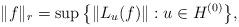
LaTeX: \begin{gather*}\|f\|_r=\sup\big\{\|L_u(f)\|: u\in H^{(0)}\big\},\end{gather*}